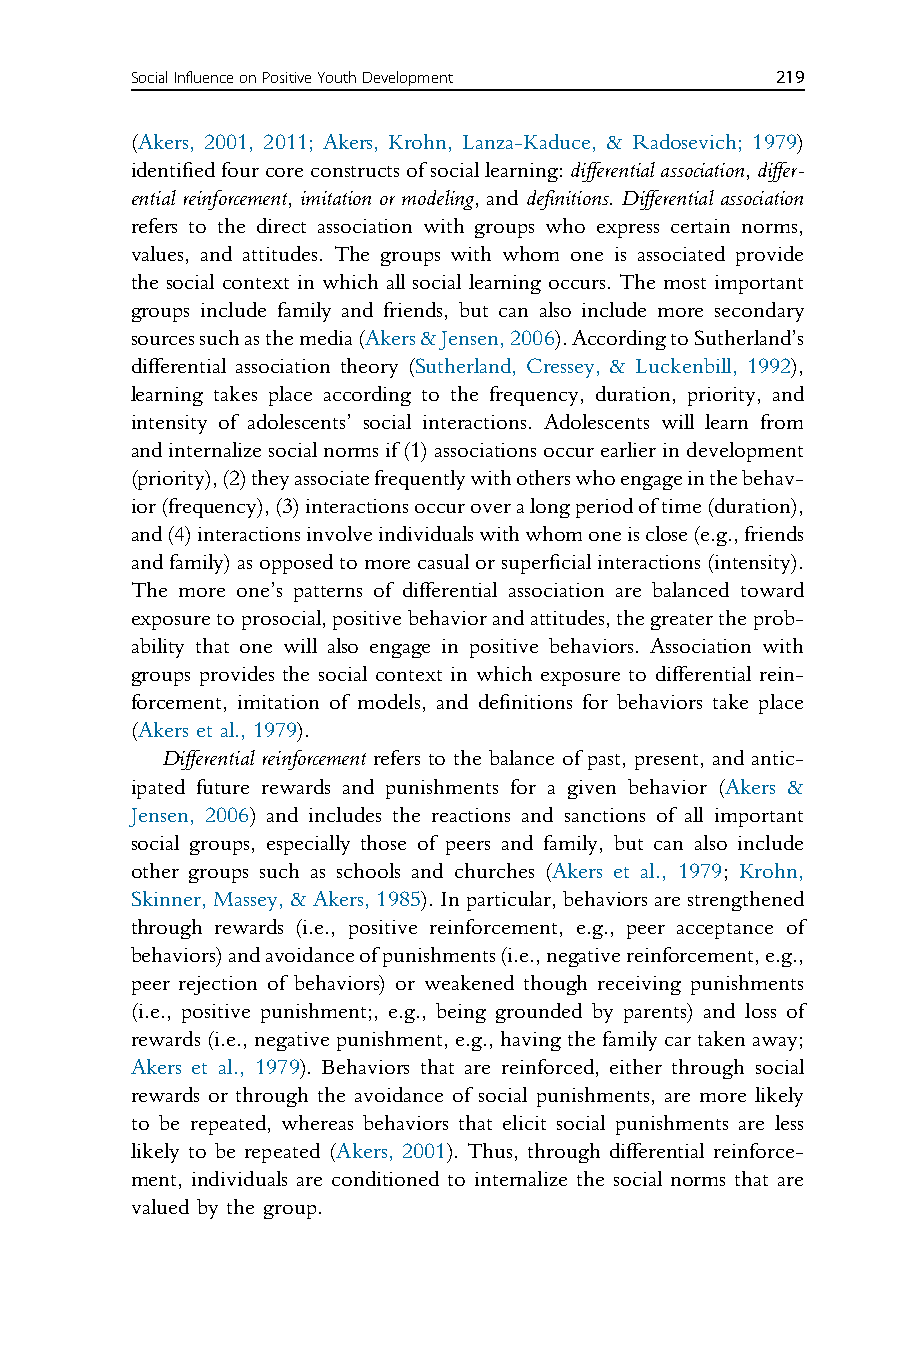
SocialInfluenceonPositiveYouthDevelopment 219
 (Akers, 2001, 2011; Akers, Krohn, Lanza-Kaduce, & Radosevich; 1979)
 identifiedfourcoreconstructsofsociallearning:differentialassociation,differ-
 ential reinforcement, imitation or modeling, and definitions. Differential association
 refers to the direct association with groups who express certain norms,
 values, and attitudes. The groups with whom one is associated provide
 the social context in which all social learning occurs. The most important
 groups include family and friends, but can also include more secondary
 sourcessuchasthemedia(Akers&Jensen,2006).AccordingtoSutherland’s
 differential association theory (Sutherland, Cressey, & Luckenbill, 1992),
 learning takes place according to the frequency, duration, priority, and
 intensity of adolescents’ social interactions. Adolescents will learn from
 andinternalizesocialnormsif(1)associationsoccurearlierindevelopment
 (priority),(2)theyassociatefrequentlywithotherswhoengageinthebehav-
 ior(frequency),(3)interactionsoccuroveralongperiodoftime(duration),
 and(4)interactionsinvolveindividualswithwhomoneisclose(e.g.,friends
 andfamily)asopposedtomorecasualorsuperficialinteractions(intensity).
 The more one’s patterns of differential association are balanced toward
 exposuretoprosocial,positivebehaviorandattitudes,thegreatertheprob-
 ability that one will also engage in positive behaviors. Association with
 groups provides the social context in which exposure to differential rein-
 forcement, imitation of models, and definitions for behaviors take place
 (Akers et al., 1979).
 Differential reinforcement refers to the balance of past, present, and antic-
 ipated future rewards and punishments for a given behavior (Akers &
 Jensen, 2006) and includes the reactions and sanctions of all important
 social groups, especially those of peers and family, but can also include
 other groups such as schools and churches (Akers et al., 1979; Krohn,
 Skinner,Massey,&Akers,1985).Inparticular,behaviorsarestrengthened
 through rewards (i.e., positive reinforcement, e.g., peer acceptance of
 behaviors)andavoidanceofpunishments(i.e.,negativereinforcement,e.g.,
 peer rejection of behaviors) or weakened though receiving punishments
 (i.e., positive punishment;, e.g., being grounded by parents) and loss of
 rewards (i.e., negative punishment, e.g.,having the family car taken away;
 Akers et al., 1979). Behaviors that are reinforced, either through social
 rewards or through the avoidance of social punishments, are more likely
 to be repeated, whereas behaviors that elicit social punishments are less
 likely to be repeated (Akers, 2001). Thus, through differential reinforce-
 ment, individuals are conditioned to internalize the social norms that are
 valued by the group.